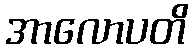
အာလောပတိ